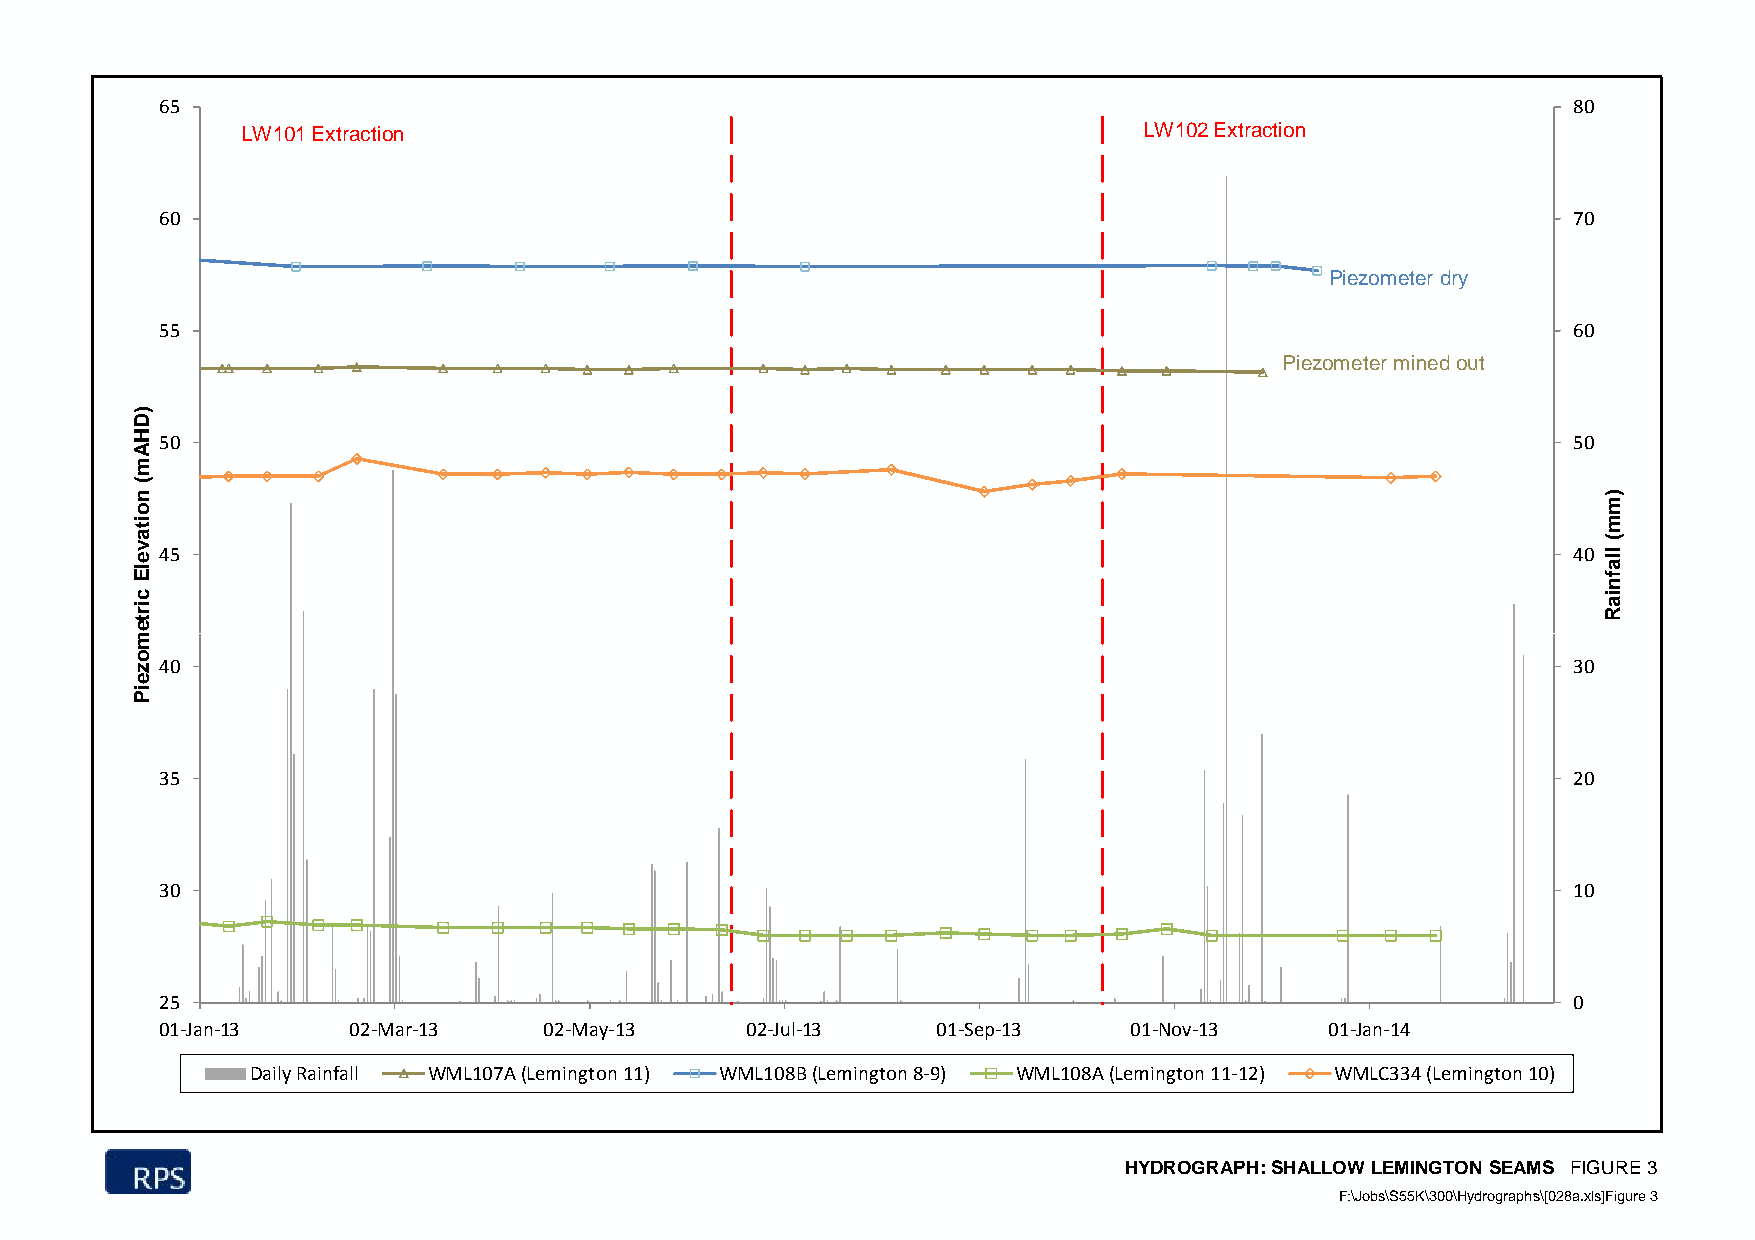
65                                                                                           80
 LW101 Extraction                                            LW102 Extraction
 60                                                                                           70
 Piezometer dry
 55                                                                                           60
 Piezometer mined out
 50                                                                                           50
 45                                                                                           40
 40                                                                                           30
 35                                                                                           20
 30                                                                                           10
 25                                                                                           0
 01‐Jan‐13   02‐Mar‐13    02‐May‐13    02‐Jul‐13    01‐Sep‐13    01‐Nov‐13    01‐Jan‐14
 Daily Rainfall WML107A (Lemington 11) WML108B (Lemington 8‐9) WML108A (Lemington 11‐12) WMLC334 (Lemington 10)
 HYDROGRAPH: SHALLOW LEMINGTON SEAMS FIGURE 3
 FF::\\JJoobbss\\SS5555KK\\330000\\HHyyddrrooggrraapphhss\\[[002288aa.xxllss]]FFiigguurree 33
 )DHAm(
 noitavelE
 cirtemmozeiP
 )mm(
 llafniaR